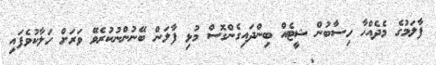
ފާލަމުގެ މެދެއްހާ ހިސާބުން ޝީޓެއް ބިންދައިގެންގޮސް މުޅި ފާލަން ބޭނުންނުކުރެވޭ ވަރަށް ހަލާކުވެފައި